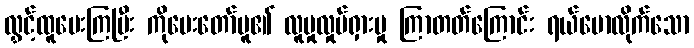
လွှင့်ထူပေးကြပြီး ကိုပေးတော်မူ၏ လူမှုလှုပ်ရှားမှု ကြာတတ်ကြောင်း ရယ်မောလိုက်သော